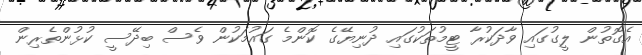
އެގޮތުން ލީގުގައި ވާދަކުރާ ޓީމުތަކުގައި ދުނިޔޭގެ ކޮންމެ ގައުމަކުން ވެސް ބިދޭސީ ކުޅުންތެރިން